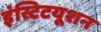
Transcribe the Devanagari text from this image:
इंस्टिटयूशन